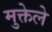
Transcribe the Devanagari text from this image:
मुक्तेले